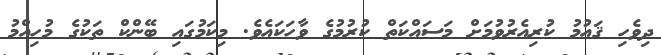
ދިވެހި ޤައުމު ކުރިއެރުވުމަށް މަސައްކަތް ކުރުމުގެ ވާހަކައެވެ. މިކަމުގައި ބޭންކް ތަކުގެ މުހިއްމު